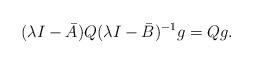
LaTeX: \begin{align*}(\lambda I-\bar{A})Q(\lambda I-\bar{B})^{-1}g=Qg.\end{align*}